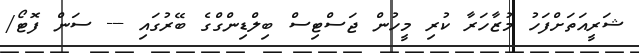
ޝަރީއަތަށްފަހު މުޒާހަރާ ކުރި މީހުން ޖަސްޓިސް ބިލްޑިންގްގެ ބޭރުގައި --- ސަން ފޮޓޯ/